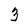
Character: 3